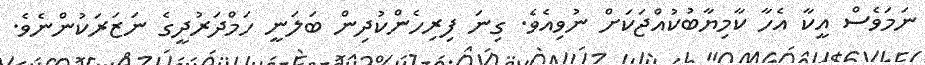
ނަމަވެސް އީކާ އެހާ ކާމިޔާބުކުއްޖަކަށް ނުވިއެވެ. ގިނަ ފިރިހެންކުދިން ބަލަނީ ހަމްދަރުދީގެ ނަޒަރަކުންނެވެ.